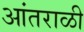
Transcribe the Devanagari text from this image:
आंतराळी